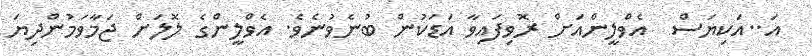
އަ..އަކިޔަސް  އެވްލީންއަށް ރޮވިފައިވާ އަޑަކުން ބުނެވުނެވެ. އެވްލީންގެ ލޮލަށް ޖަމާވަމުންދިޔަ